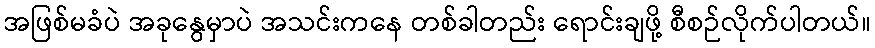
အဖြစ်မခံပဲ အခုနွေမှာပဲ အသင်းကနေ တစ်ခါတည်း ရောင်းချဖို့ စီစဉ်လိုက်ပါတယ်။